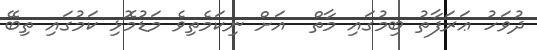
ދުވަހު ޢަރަފާތު ބިމުގައި މާތް  އަށް ނިކަމެތިވެ މަޑުމޮޅި ކަމުގައި ތިބޭ